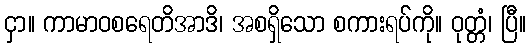
ငှာ။ ကာမာဝစရေတိအာဒိ၊ အစရှိသော စကားရပ်ကို။ ဝုတ္တံ၊ ပြီ။